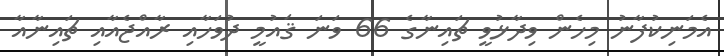
އެމަނިކުފާނު މިހެން ވިދާޅުވީ ޗައިނާގެ 66 ވަނަ ޤައުމީ ދުވަހާއި ރާއްޖެއާއި ޗައިނާއާ